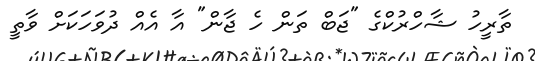
ތާރީހު ޝާހްރުކްގެ "ޖަބް ތަން ހެ ޖާން" އާ އެއް ދުވަހަކަށް ވާތީ